Eesti_Toorahva_Kommuun, lk 2
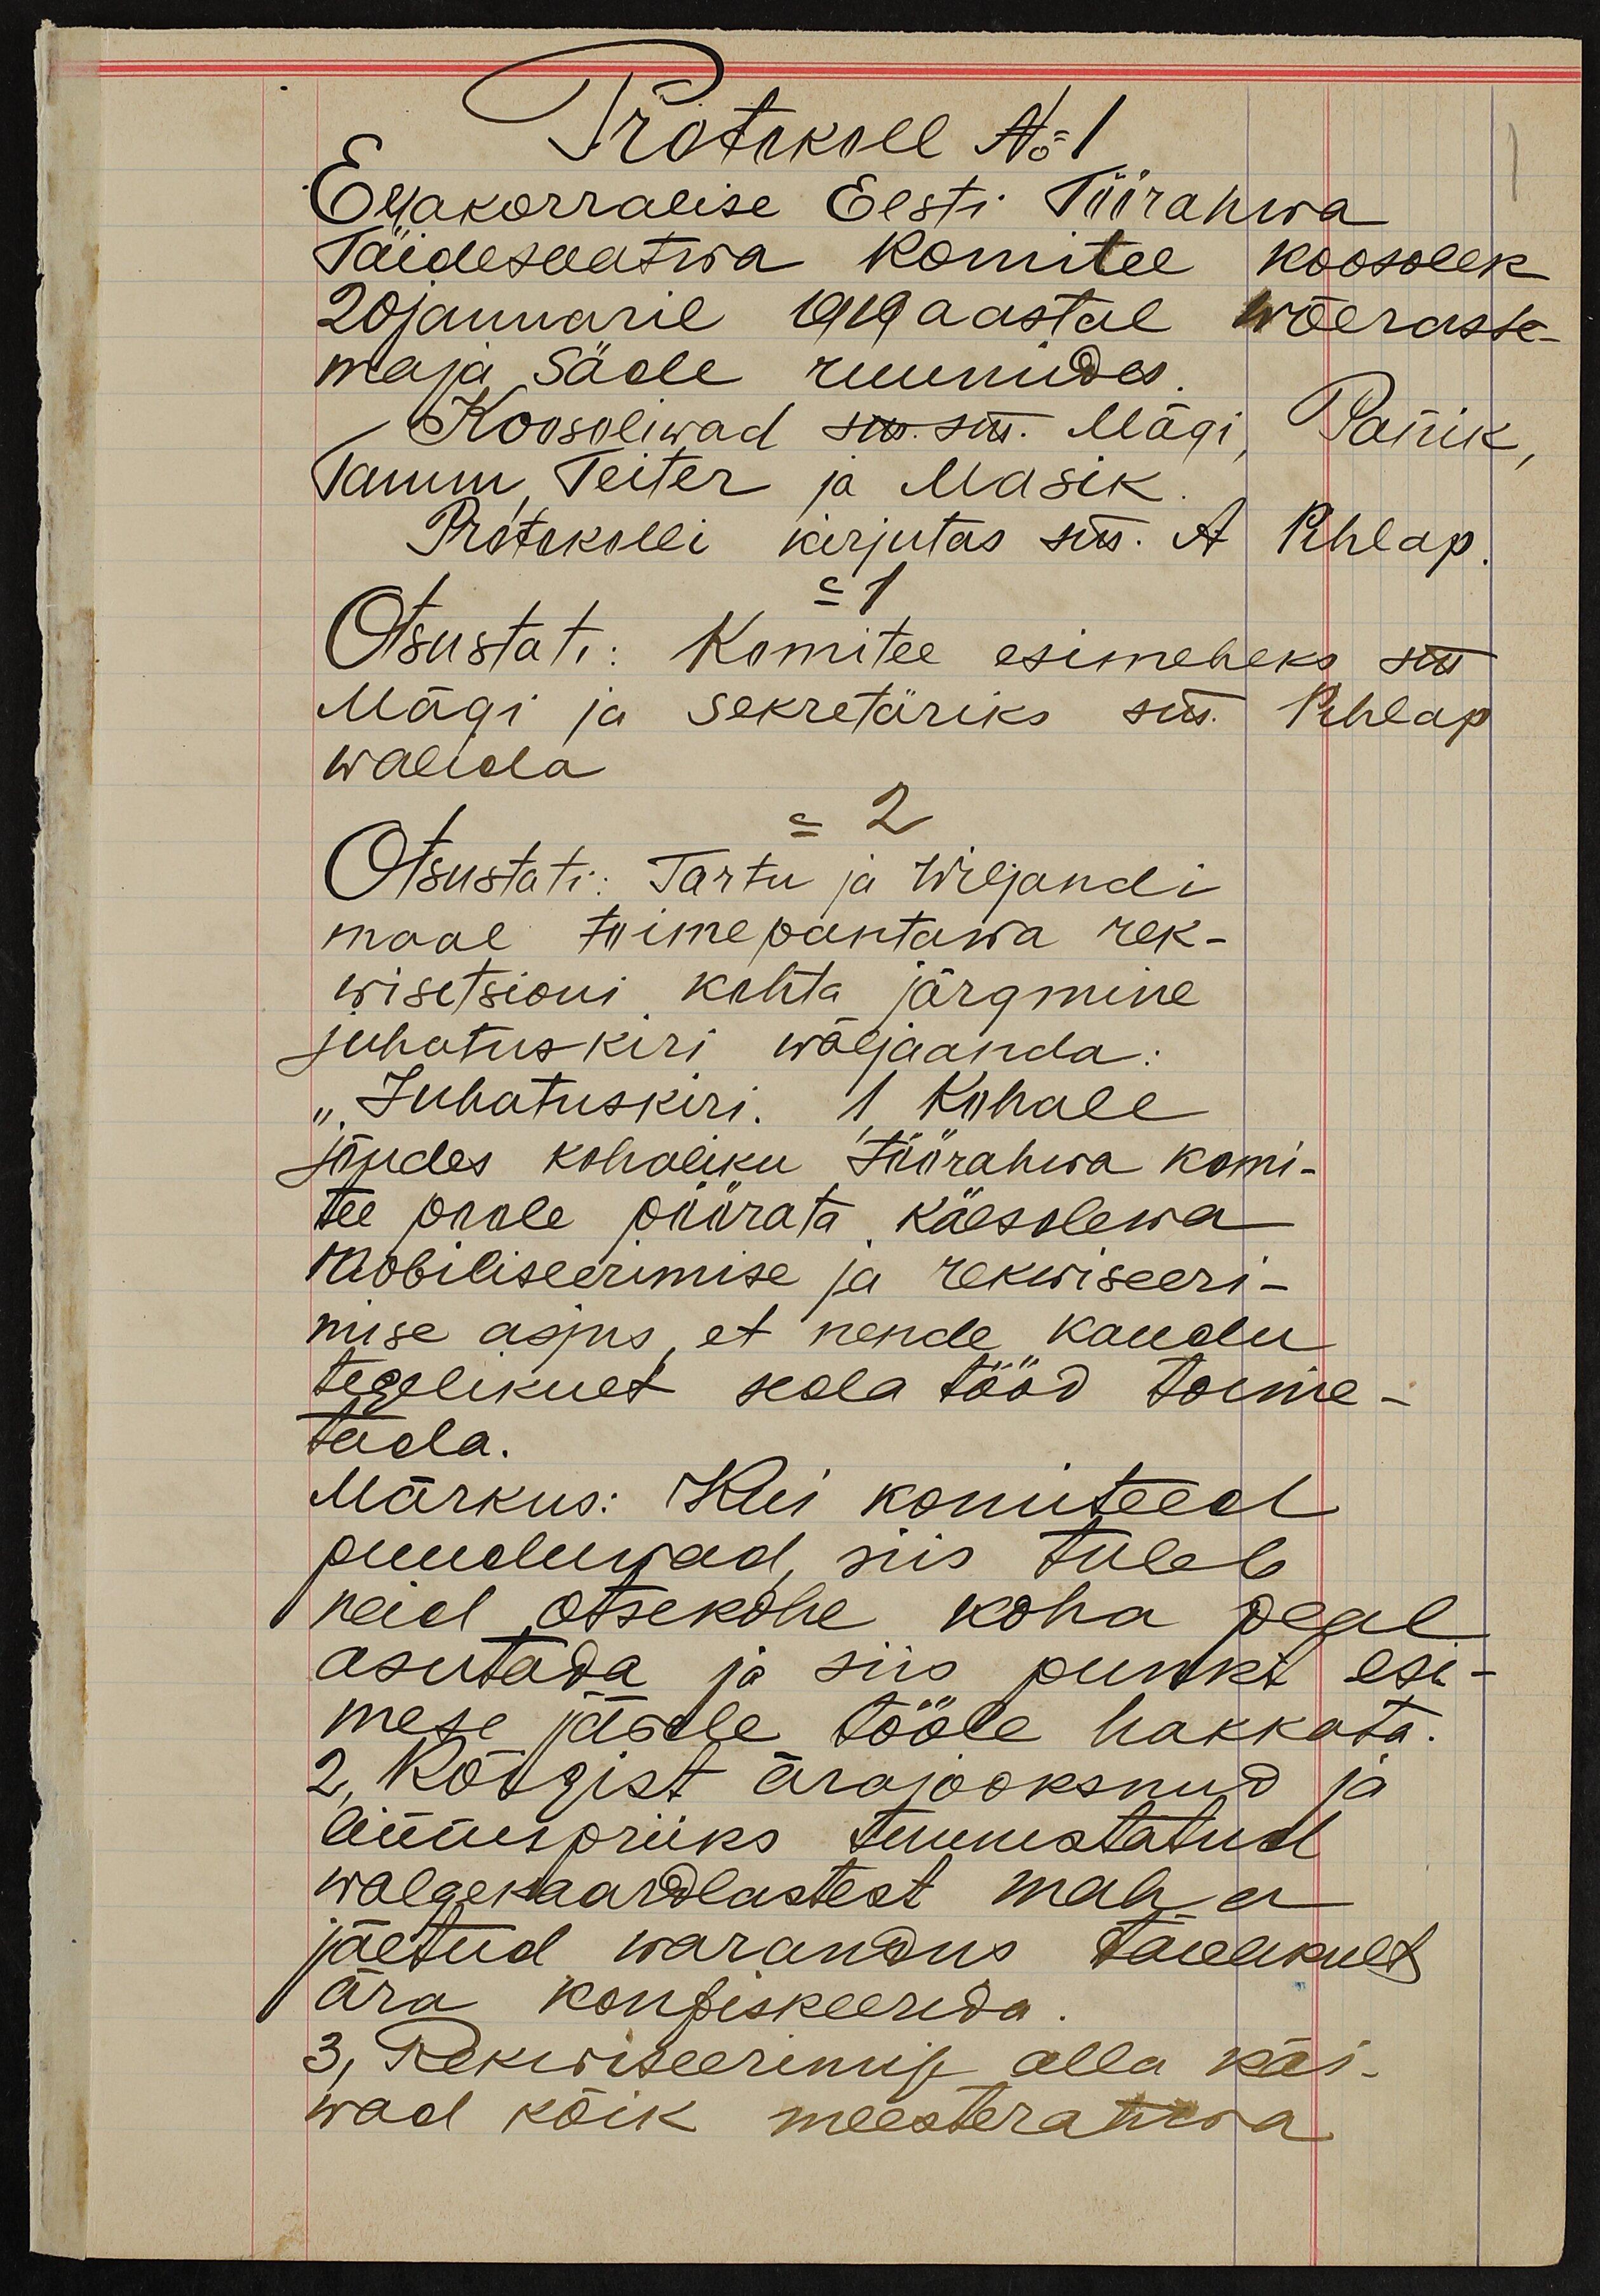
Protokoll No 1
Erakorralise Eesti Töörahwa
Täidesaatwa Komitee koosolek
20 jaanuaril 1919 aastal wõeraste-
maja Säde ruumides.
Koosoliwad sm. sm. Mägi, Panik
Tamm, Teiter ja Masik
Protokolli kirjutas sm. A Pihlap
=1
Otsustati: Komitee esimeheks sm
Mägi ja sekretäriks sm. Pihlap
walida
= 2.
Otsustati: Tartu ja Wiljandi
maal toimepantawa rek-
wisetsioni kohta järgmine
juhatuskiri wäljaanda:
"Juhatuskiri. 1 Kohale
jõudes kohaliku töörahwa komi-
tee poole pöörata käesolewa
Mobiliseerimise ja rekwiseeri-
mise asjus, et nende kaudu
tegelikult seda tööd toime-
tada.
Märkus: Kui komiteed
puuduwad, siis tuleb
neid otsekohe koha peal
asutada ja siis punkt esi-
mese järele tööle hakkata
2. Kõigist ärajooksnud ja
linnespriiks tunnistatud
walgekaardlastest maha
jäetud warandus täielikult
ära konfiskeerida
3, Rekwiseerimise alla käi-
wad kõik meesterahwa